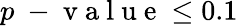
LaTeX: p\mathrm{~-~v~a~l~u~e~}\leq 0.1